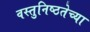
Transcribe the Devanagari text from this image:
वस्तुनिष्ठतेच्या